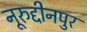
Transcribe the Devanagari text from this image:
नूरुद्दीनपुर